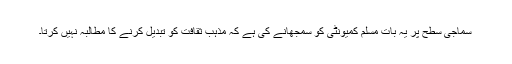
سماجی سطح پر یہ بات مسلم کمیونٹی کو سمجھانے کی ہے کہ مذہب ثقافت کو تبدیل کرنے کا مطالبہ نہیں کرتا۔